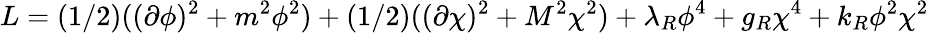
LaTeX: L=(1/2)((\partial\phi)^{2}+m^{2}\phi^{2})+(1/2)((\partial\chi)^{2}+M^{2}\chi^{2})+\lambda_{R}\phi^{4}+g_{R}\chi^{4}+k_{R}\phi^{2}\chi^{2}